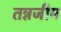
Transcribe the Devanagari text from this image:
तन्नजीम